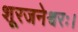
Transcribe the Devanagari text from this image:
शूरजनेश्वरः।